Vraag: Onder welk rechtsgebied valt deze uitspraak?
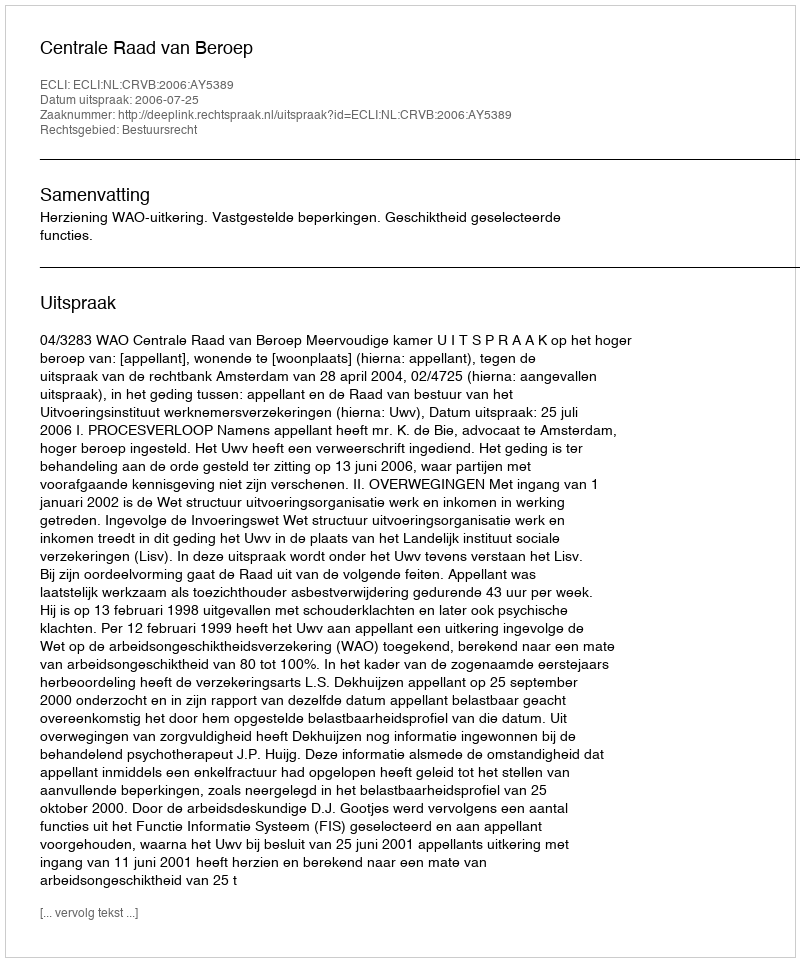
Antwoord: Bestuursrecht